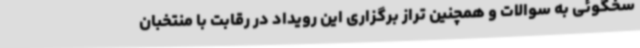
سخگوئی به سوالات و همچنین تراز برگزاری این رویداد در رقابت با منتخبان